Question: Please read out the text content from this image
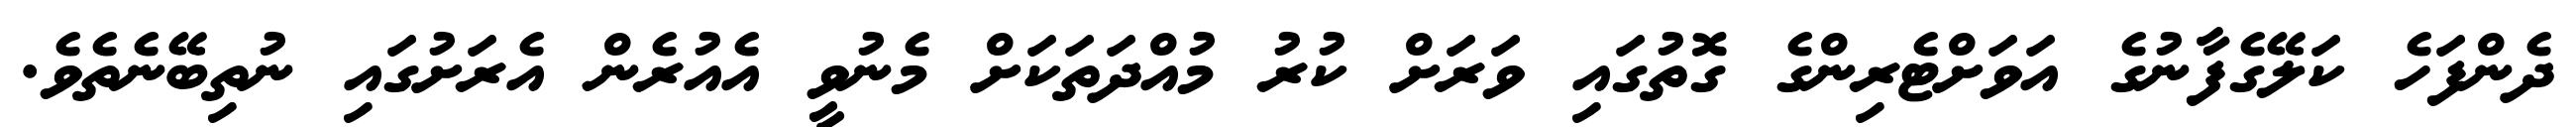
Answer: ދެންފަހެ ކަލޭގެފާނުގެ އަވަށްޓެރިންގެ ގޮތުގައި ވަރަށް ކުރު މުއްދަތަކަށް މެނުވީ އެއުރެން އެރަށުގައި ނުތިބޭނެތެވެ.